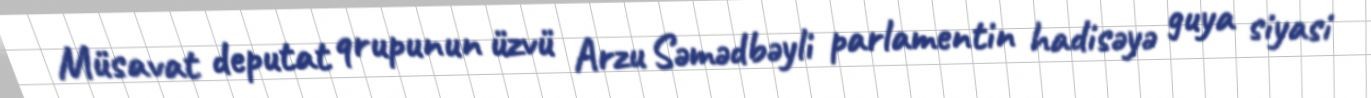
Müsavat deputat qrupunun üzvü Arzu Səmədbəyli parlamentin hadisəyə guya siyasi